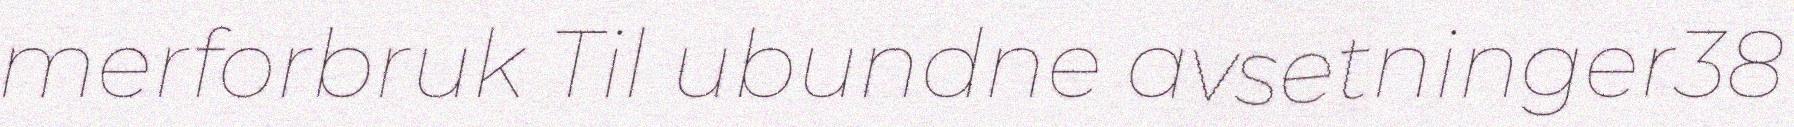
merforbruk Til ubundne avsetninger38